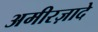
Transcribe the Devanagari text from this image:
अमीरज़ादे